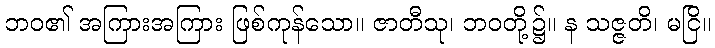
ဘဝ၏ အကြားအကြား ဖြစ်ကုန်သော။ ဇာတီသု၊ ဘဝတို့၌။ န သဇ္ဇတိ၊ မငြိ။